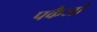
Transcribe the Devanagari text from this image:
पकैजों